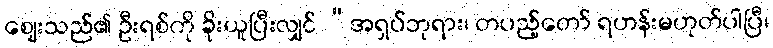
ဈေးသည်၏ ဦးရစ်ကို ခိုးယူပြီးလျှင် “အရှပ်ဘုရား၊ တပည့်တော် ရဟန်းမဟုတ်ပါပြီ၊